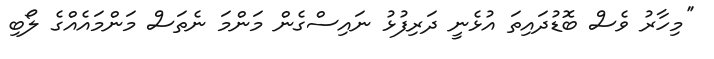
''މިހާރު ވެސް ބޮޑުދައިތަ އުޅެނީ ދަރިފުޅު ނައިސްގެން މަންމަ ނެތަސް މަންމައެއްގެ ލޯބި